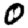
Digit: 0